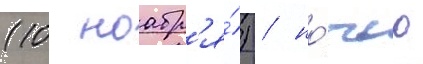
(10 ноабр'я́) / но́чью